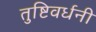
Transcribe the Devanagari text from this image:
तुष्टिवर्धनी